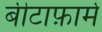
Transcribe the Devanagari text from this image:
बीटाफ़ार्म